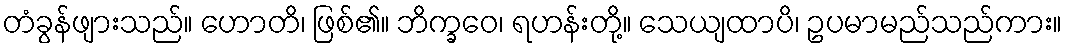
တံခွန်ဖျားသည်။ ဟောတိ၊ ဖြစ်၏။ ဘိက္ခဝေ၊ ရဟန်းတို့။ သေယျထာပိ၊ ဥပမာမည်သည်ကား။